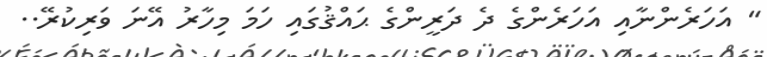
" އަހަރެންނާއި އަހަރެންގެ ދެ ދަރީންގެ ޙައްޤުގައި ހަމަ މިހާރު އޭނަ ވަރިކުރޭ..